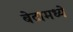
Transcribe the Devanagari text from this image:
बेटामध्ये